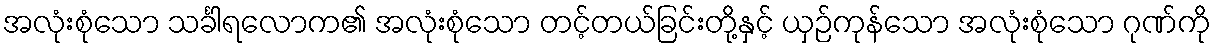
အလုံးစုံသော သင်္ခါရလောက၏ အလုံးစုံသော တင့်တယ်ခြင်းတို့နှင့် ယှဉ်ကုန်သော အလုံးစုံသော ဂုဏ်ကို